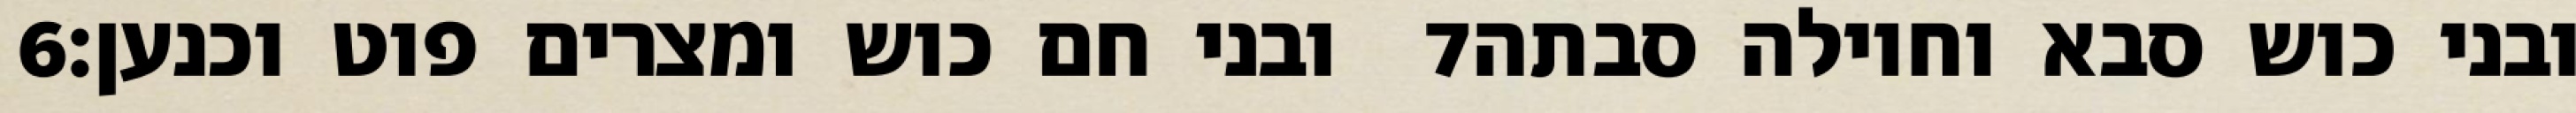
‎6‏ ובני חם כוש ומצרים פוט וכנען׃ ‎7‏ ובני כוש סבא וחוילה סבתה